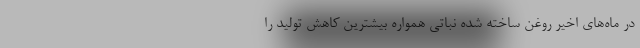
در ماه‌های اخیر روغن ساخته شده نباتی همواره بیشترین کاهش تولید را